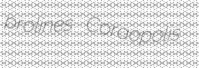
prolines Coraopolis